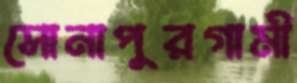
সোনাপুরগামী